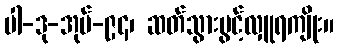
ပါ-ဒု-အုပ်-၉၄၊ ဆတ်သွားပွင့်လှူရကျိုး။